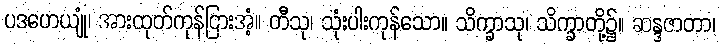
ပဒဟေယျုံ၊ အားထုတ်ကုန်ငြားအံ့။ တီသု၊ သုံးပါးကုန်သော။ သိက္ခာသု၊ သိက္ခာတို့၌။ ဆန္ဒဇာတာ၊